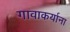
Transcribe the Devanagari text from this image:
गावाकर्याना